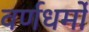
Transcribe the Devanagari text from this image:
वर्णधर्मों